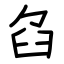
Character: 臽